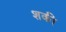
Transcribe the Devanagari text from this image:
शकी